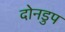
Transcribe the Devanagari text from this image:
दोनडुप